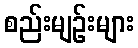
စည်းမျဉ်းများ